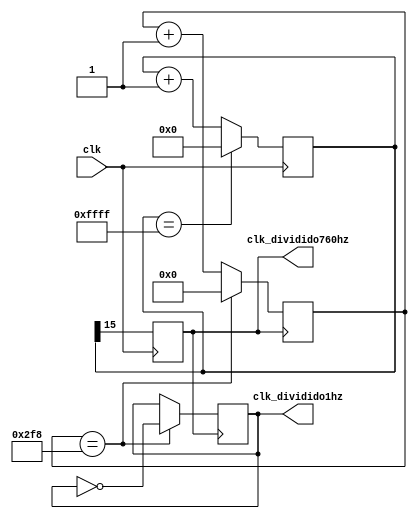
module DivisorFrequencia (
  input clk,
  output reg clk_dividido760hz,
  output reg clk_dividido1hz
);

	reg [15:0] contador760hz;
	reg [9:0] contador1hz;
	initial begin 
		contador760hz = 0;
		contador1hz = 0;
	end

	always @(posedge clk) begin
		clk_dividido760hz= contador760hz[15];
		contador760hz <= contador760hz + 1; 
		
		if (contador760hz ==16'b1111111111111111)
	   begin
		 contador760hz <= 0;
	  end
	end
	
	always @(posedge clk_dividido760hz) begin
		if (contador1hz == 760) begin
		 contador1hz <= 0;
		 clk_dividido1hz<= ~clk_dividido1hz;
	  end else begin
		 contador1hz <= contador1hz + 1;
	  end
	end

endmodule